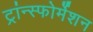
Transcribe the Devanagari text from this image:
ट्रांन्स्फोर्मेशन